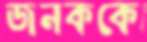
জনককে